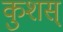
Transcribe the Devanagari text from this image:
कुशस्